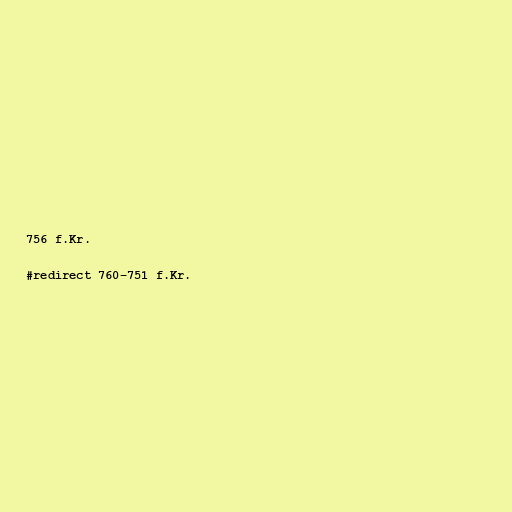
756 f.Kr.

#redirect 760–751 f.Kr.